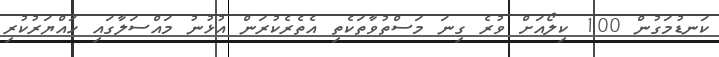
ކަނޑުމަގުން 100 ކިލޯއަށް ވުރެ ގިނަ މަސްތުވާތަކެތި އެތެރެކުރަން އުޅުނު މައްސަލާގައި ހައްޔަރުކުރި